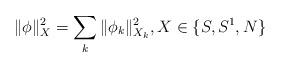
LaTeX: \begin{align*}\| \phi\|_{X}^2 = \sum_k \|\phi_k\|_{X_k}^2, X \in \{ S,S^1,N\} \end{align*}